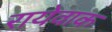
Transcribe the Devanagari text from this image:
रायेवाक